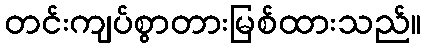
တင်းကျပ်စွာတားမြစ်ထားသည်။